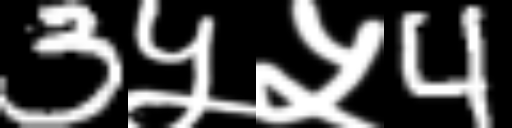
Text: 3५५4